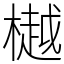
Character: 樾